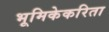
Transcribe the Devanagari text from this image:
भूमिकेकरिता